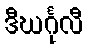
ဒီဃင်္ဂုလီ